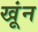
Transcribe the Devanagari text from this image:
खूंन